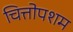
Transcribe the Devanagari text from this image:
चित्तोपशम